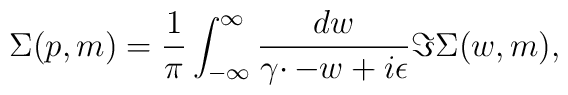
\Sigma (p,m)=\frac{1}{\pi }\int_{-\infty }^{\infty }\frac{dw}{\gamma \cdotp-w+i\epsilon }\Im \Sigma (w,m),